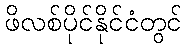
ဖိလစ်ပိုင်နိုင်ငံတွင်